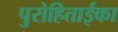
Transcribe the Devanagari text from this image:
पुरोहिताईका